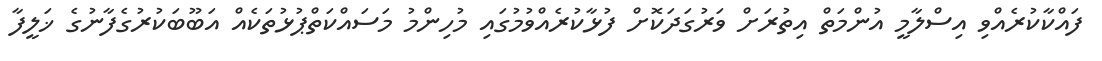
ފައްކާކުރެއްވި އިސްލާމީ އުންމަތް އިތުރަށް ވަރުގަދަކޮށް ފުޅާކުރެއްވުމުގައި މުހިންމު މަސައްކަތްޕުޅުތަކެއް އަބޫބަކުރުގެފާނުގެ ޚަލީފާ